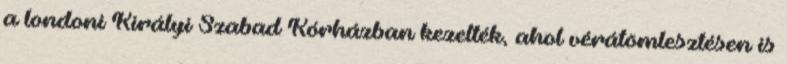
a londoni Királyi Szabad Kórházban kezelték, ahol vérátömlesztésen is